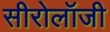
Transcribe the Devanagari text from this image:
सीरोलॉजी